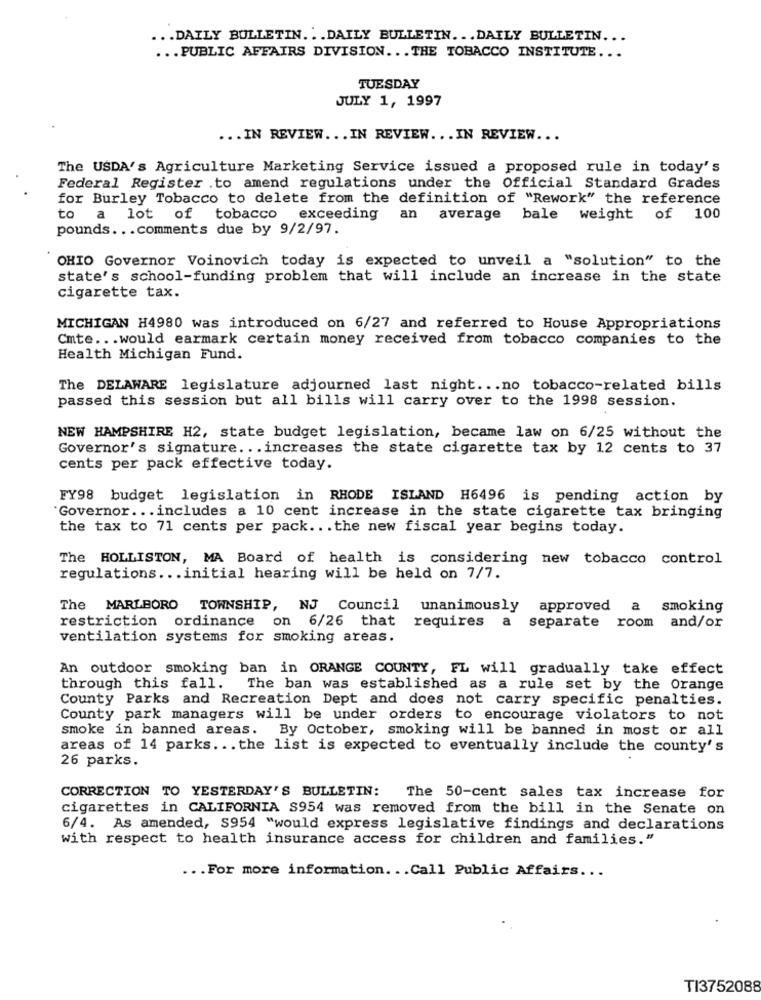
... DAILY BULLETIN .. . DAILY BULLETIN ... DAILY BULLETIN ...
... PUBLIC AFFAIRS DIVISION ... THE TOBACCO INSTITUTE ...
TUESDAY
JULY 1, 1997
... IN REVIEW ... IN REVIEW ... IN REVIEW ...
The USDA's Agriculture Marketing Service issued a proposed rule in today's
Federal Register .to amend regulations under the Official Standard Grades
for Burley Tobacco to delete from the definition of "Rework" the reference
to a lot of tobacco exceeding an average bale weight of 100
pounds. .. comments due by 9/2/97.
OHIO Governor Voinovich today is expected to unveil a "solution" to the
state's school-funding problem that will include an increase in the state
cigarette tax.
MICHIGAN H4980 was introduced on 6/27 and referred to House Appropriations
Cmte ... would earmark certain money received from tobacco companies to the
Health Michigan Fund.
The DELAWARE legislature adjourned last night ... no tobacco-related bills
passed this session but all bills will carry over to the 1998 session.
NEW HAMPSHIRE H2, state budget legislation, became law on 6/25 without the
Governor's signature. .. increases the state cigarette tax by 12 cents to 37
cents per pack effective today.
FY98 budget legislation in RHODE ISLAND H6496 is pending action by
"Governor ... includes a 10 cent increase in the state cigarette tax bringing
the tax to 71 cents per pack .. . the new fiscal year begins today.
The HOLLISTON, MA Board of health is considering new tobacco control
regulations ... initial hearing will be held on 7/7.
The MARLBORO TOWNSHIP, NJ Council unanimously
approved a smoking
separate room and/or
restriction ordinance on 6/26 that requires a
ventilation systems for smoking areas.
An outdoor smoking ban in ORANGE COUNTY, FL will gradually take effect
through this fall. The ban was established as a rule set by the Orange
County Parks and Recreation Dept and does not carry specific penalties.
County park managers will be under orders to encourage violators to not
smoke in banned areas. By October, smoking will be banned in most or all
areas of 14 parks ... the list is expected to eventually include the county's
26 parks.
CORRECTION TO YESTERDAY'S BULLETIN: The 50-cent sales tax increase for
cigarettes in CALIFORNIA S954 was removed from the bill in the Senate on
6/4. As amended, S954 "would express legislative findings and declarations
with respect to health insurance access for children and families."
... For more information. .. Call Public Affairs ...
TI3752088